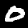
Digit: 0